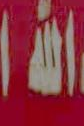
الله